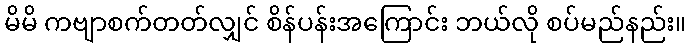
မိမိ ကဗျာစက်တတ်လျှင် စိန်ပန်းအကြောင်း ဘယ်လို စပ်မည်နည်း။